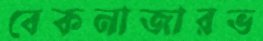
বেকনাজারভ